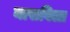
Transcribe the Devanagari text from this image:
नासविला